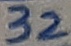
Text: 32